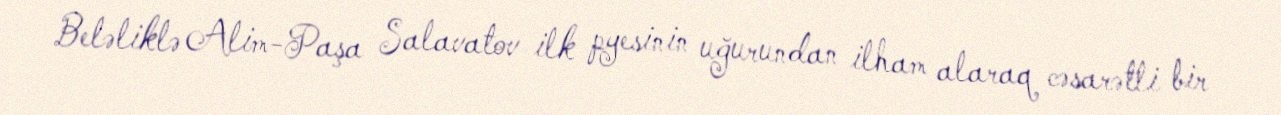
Beləliklə Alim-Paşa Salavatov ilk pyesinin uğurundan ilham alaraq cəsarətli bir